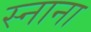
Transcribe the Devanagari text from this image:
स्नाना